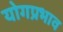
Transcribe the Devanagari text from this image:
योगप्रभाव